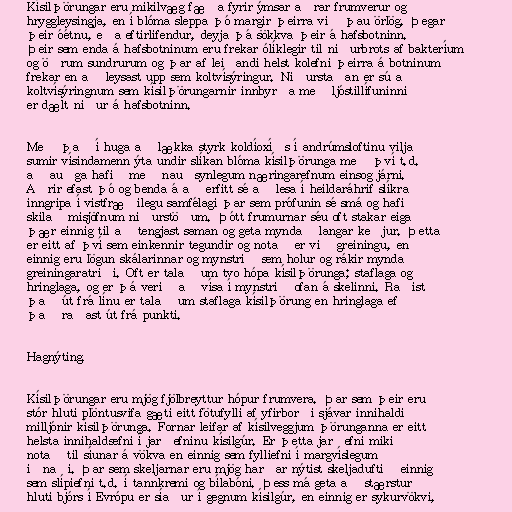
Kísilþörungar eru mikilvæg fæða fyrir ýmsar aðrar frumverur og
hryggleysingja, en í blóma sleppa þó margir þeirra við þau örlög. Þegar
þeir óétnu, eða eftirlifendur, deyja þá sökkva þeir á hafsbotninn.
Þeir sem enda á hafsbotninum eru frekar ólíklegir til niðurbrots af bakteríum
og öðrum sundrurum og þar af leiðandi helst kolefni þeirra á botninum
frekar en að leysast upp sem koltvísýringur. Niðurstaðan er sú að
koltvísýringnum sem kísilþörungarnir innbyrða með ljóstillífuninni
er dælt niður á hafsbotninn.

Með það í huga að lækka styrk koldíoxíðs í andrúmsloftinu vilja
sumir vísindamenn ýta undir slíkan blóma kísilþörunga með því t.d.
að auðga hafið með nauðsynlegum næringarefnum einsog járni.
Aðrir efast þó og benda á að erfitt sé að lesa í heildaráhrif slíkra
inngripa í vistfræðilegu samfélagi þar sem prófunin sé smá og hafi
skilað misjöfnum niðurstöðum. Þótt frumurnar séu oft stakar eiga
þær einnig til að tengjast saman og geta myndað langar keðjur. Þetta
er eitt af því sem einkennir tegundir og notað er við greiningu, en
einnig eru lögun skálarinnar og mynstrið sem holur og rákir mynda
greiningaratriði. Oft er talað um tvo hópa kísilþörunga; staflaga og
hringlaga, og er þá verið að vísa í mynstrið ofan á skelinni. Raðist
það út frá línu er talað um staflaga kísilþörung en hringlaga ef
það raðast út frá punkti.

Hagnýting.

Kísilþörungar eru mjög fjölbreyttur hópur frumvera. Þar sem þeir eru
stór hluti plöntusvifa gæti eitt fötufylli af yfirborði sjávar innihaldið
milljónir kísilþörunga. Fornar leifar af kísilveggjum þörunganna er eitt
helsta innihaldsefni í jarðefninu kísilgúr. Er þetta jarðefni mikið
notað til síunar á vökva en einnig sem fylliefni í margvíslegum
iðnaði. Þar sem skeljarnar eru mjög harðar nýtist skeljaduftið einnig
sem slípiefni t.d. í tannkremi og bílabóni. Þess má geta að stærstur
hluti bjórs í Evrópu er síaður í gegnum kísilgúr, en einnig er sykurvökvi,